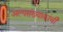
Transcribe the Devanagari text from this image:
अल्पसंख्याकांची